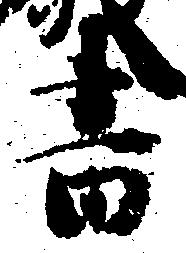
書